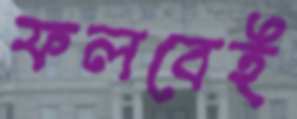
ফলবেই